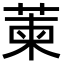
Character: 萰